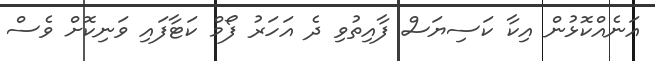
އަނެއްކޮޅުން އިކާ ކަސިޔަސް ފާއިތުވި ދެ އަހަރު ފޯމް ކަޓާފައި ވަނިކޮށް ވެސް